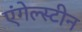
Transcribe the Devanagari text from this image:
एंगेल्स्टीन